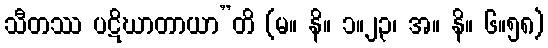
သီတဿ ပဋိဃာတာယာ”တိ (မ။ နိ။ ၁။၂၃၊ အ။ နိ။ ၆။၅၈)